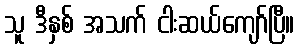
သူ ဒီနှစ် အသက် ငါးဆယ်ကျော်ပြီ။